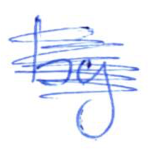
Text: by
Cross-out: scratch
Writing tool: ballpoint